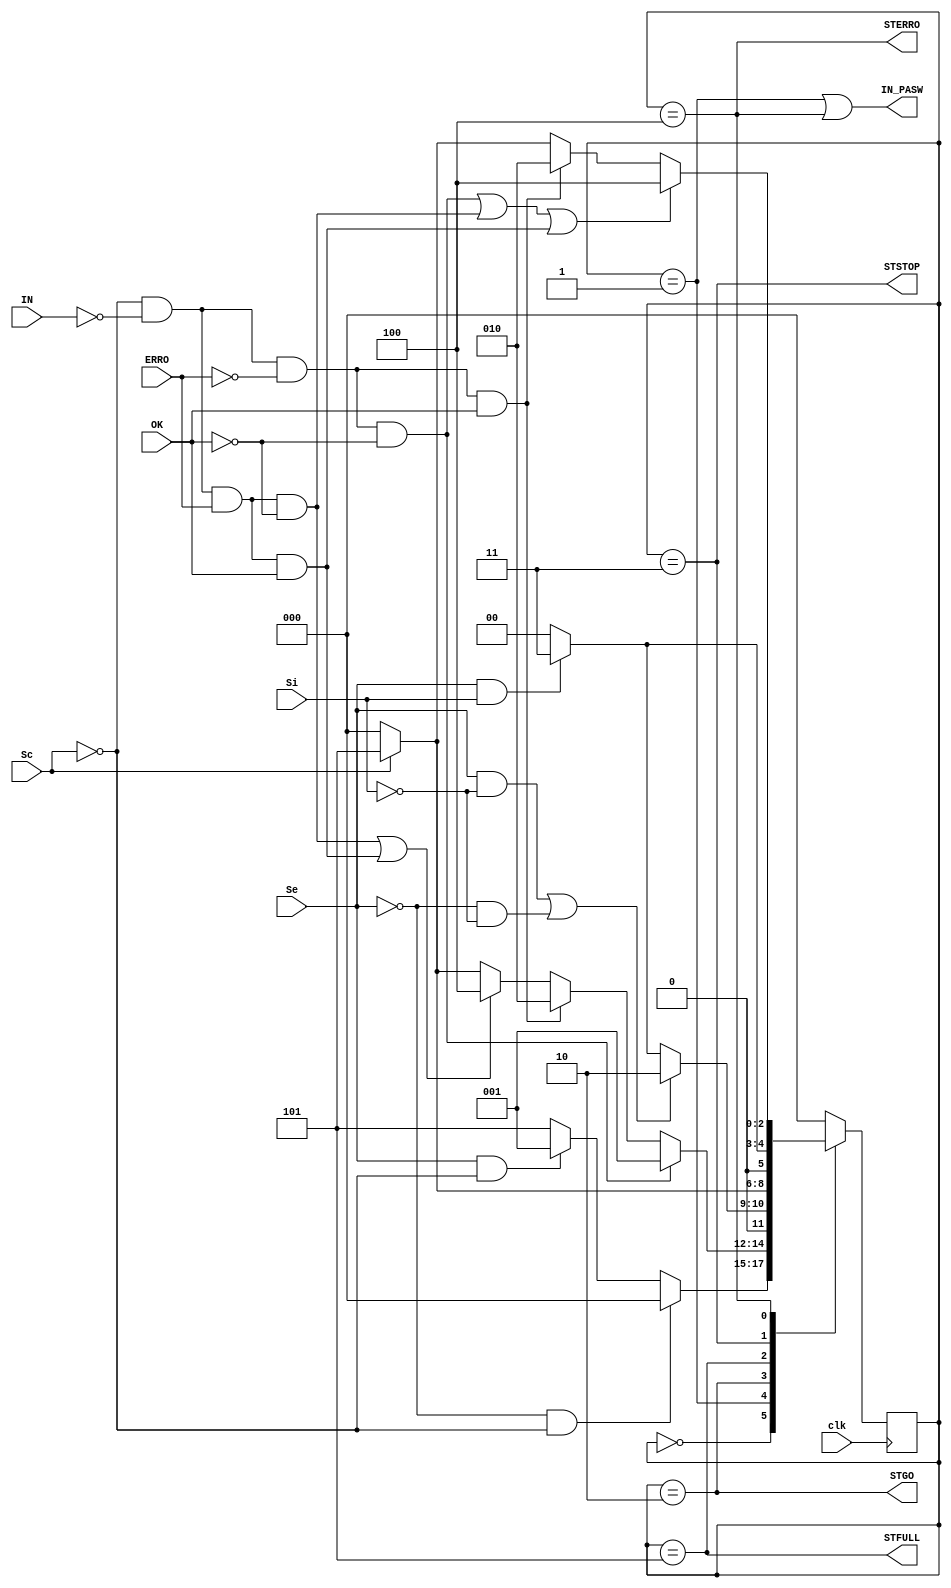

/*
*/
module MEF_Principal_DEBUG ( STERRO, STSTOP, STGO, STFULL, IN_PASW, clk, Si, Se, Sc, IN, ERRO, OK);
	input clk, Si, Se, Sc, IN, ERRO, OK;
	output STERRO, STSTOP, STGO, STFULL, IN_PASW;
	reg [2:0] state , nextstate ;
	parameter I = 3'b000 ;//Inicio
	parameter S = 3'b001 ;//Senha
	parameter A = 3'b010 ;//Acesso
	parameter P = 3'b011 ;//Pare
	parameter E = 3'b100 ;//Erro
	parameter C = 3'b101 ;//Cheio

	// Inicia o estado

	// Logica para mudana de estado
	always @ ( posedge clk )
		state <= nextstate ;

	// Lgica para o prximo estado
	always @ (*)
		case ( state )
			I : // Inicial - feito
				if ( (~Se) & (~Sc) ) begin
					nextstate = I ;
				end
				else if ((Se) & (~Sc)) begin
					nextstate = S ;
				end
				else begin
					nextstate = C ;
				end
			// Senha - feito
			S :  
				if ( (~Sc)&(~IN)&(~ERRO)&(~OK)) begin
					nextstate = S ;
				end
				else if ((~Sc)&(~IN)&(~ERRO)&(OK)) begin
					nextstate = A ;
				end
				else if (((~Sc)&(~IN)&(ERRO)&(~OK)) | (~Sc)&(~IN)&(ERRO)&(OK)) begin
					nextstate = E ;
				end
				else if (Sc) begin//////////
					nextstate = C ;
				end
				else begin
					nextstate = I ;
				end
			// ACESSO
			A :  
				if ( ((Se)&(~Si)) |((~Se)&(~Si)) ) begin
					nextstate = A ;
				end
				else if ((Se) & (Si)) begin
					nextstate = P ;
				end
				else begin
					nextstate = I ;
				end
				// C  - feito
			C :  
				if ( Sc ) begin
					nextstate = C ;
				end
				else begin
					nextstate = I ;
				end
	//PARE - feito
			P :  
				if ( (Se)&(Si) ) begin
					nextstate = P ;
				end
				else begin
					nextstate = I ;
				end
	// ERRO - feito
			E :  
				if ( ((~Sc)&(~IN)&(~ERRO)&(~OK)) | (~Sc)&(~IN)&(ERRO)&(~OK) | (~Sc)&(~IN)&(ERRO)&(OK) ) begin
					nextstate = E ;
				end
				else if ((~Sc)&(~IN)&(~ERRO)&(OK)) begin
					nextstate = A ;
				end
				else if (Sc) begin
					nextstate = C ;
				end
				else begin
					nextstate = I ;
				end
	//
			default : nextstate = I ;
	endcase
	
	// Lgica para o pulso
	assign STERRO = ( state == E ) ;//
	assign STFULL = ( state == C ) ;//
	assign STSTOP = ( state == P ) ;//
	assign STGO = 	 ( state == A ) ;//
	assign IN_PASW = ( state == S ) | ( state == E ) ;//
endmodule